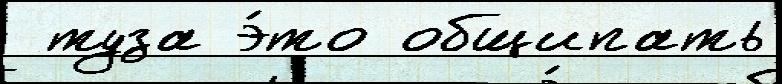
 туза э́то общипать